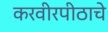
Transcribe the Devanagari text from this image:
करवीरपीठाचे